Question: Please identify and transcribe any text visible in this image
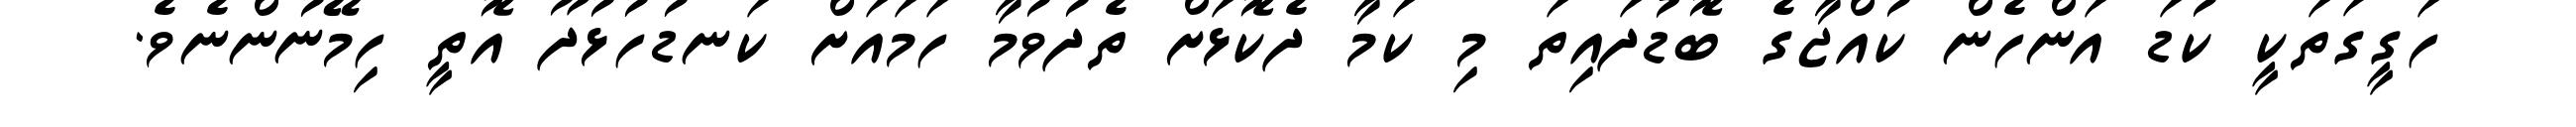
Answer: ހަގީގަތަކީ ކުޑަ އަންހެން ކުއްޖާގެ ބޮޑުދައިތަ މި ކަމާ ދެކޮޅަށް ތެދުވުމާ ހަމައަށް ކަނޑުހުޅުދޫ އޮތީ ހިމޭނުންނެވެ.